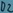
Text: D2